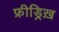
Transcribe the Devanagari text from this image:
फ्रीड्रिख़